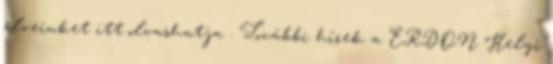
elveinket itt olvashatja . További hírek a ERDON Helyi